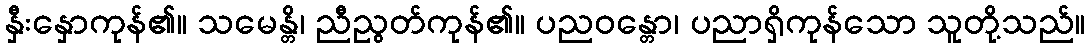
နှီးနှောကုန်၏။ သမေန္တိ၊ ညီညွတ်ကုန်၏။ ပညဝန္တော၊ ပညာရှိကုန်သော သူတို့သည်။